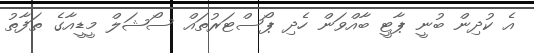
އެ ކުދިން ބުނީ ޕާޓީ ބާއްވަން ހެދި ޕޯސްޓަރުތައް ސޯޝަލް މީޑީއާގެ ތަފާތު